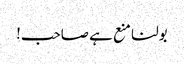
بولنا منع ہے صاحب!